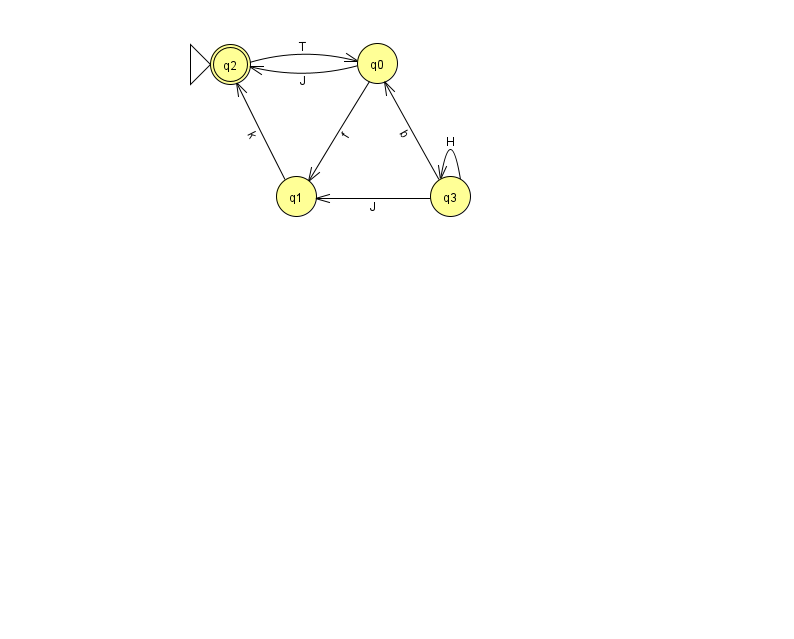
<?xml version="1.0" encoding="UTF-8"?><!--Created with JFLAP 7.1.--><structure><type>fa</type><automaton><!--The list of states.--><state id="0" name="q0"><x>377.0</x><y>50.0</y></state><state id="1" name="q1"><x>296.0</x><y>183.0</y></state><state id="2" name="q2"><x>230.0</x><y>51.0</y><initial/><final/></state><state id="3" name="q3"><x>450.0</x><y>183.0</y></state><!--The list of transitions.--><transition><from>0</from><to>2</to><read>J</read></transition><transition><from>3</from><to>1</to><read>J</read></transition><transition><from>1</from><to>2</to><read>k</read></transition><transition><from>0</from><to>1</to><read>f</read></transition><transition><from>3</from><to>3</to><read>H</read></transition><transition><from>3</from><to>0</to><read>b</read></transition><transition><from>2</from><to>0</to><read>T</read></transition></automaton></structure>